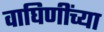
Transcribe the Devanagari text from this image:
वाघिणींच्या